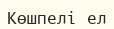
Көшпелі ел